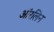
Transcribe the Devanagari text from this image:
ऑरलिन